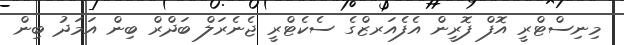
މިނިސްޓްރީ އޮފް ފޮރީން އެފެއަރޒްގެ ސެކެޓްރީ ޖެނެރަލް ބަދްރް ބިން އަމަދު ބިން